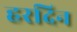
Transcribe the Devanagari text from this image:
हरदिन